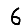
Digit: 6